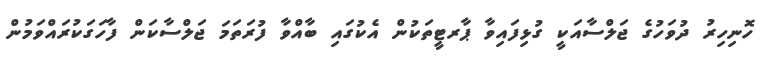
ހޮނިހިރު ދުވަހުގެ ޖަލްސާއަކީ ގުޅިފައިވާ ޕާރޓީތަކުން އެކުގައި ބާއްވާ ފުރަތަމަ ޖަލްސާކަން ފާހަގަކުރައްވަމުން